Civil Veterinary Department. Central Provinces & Berar 1932-41 - 1932-1941
Year: 1932
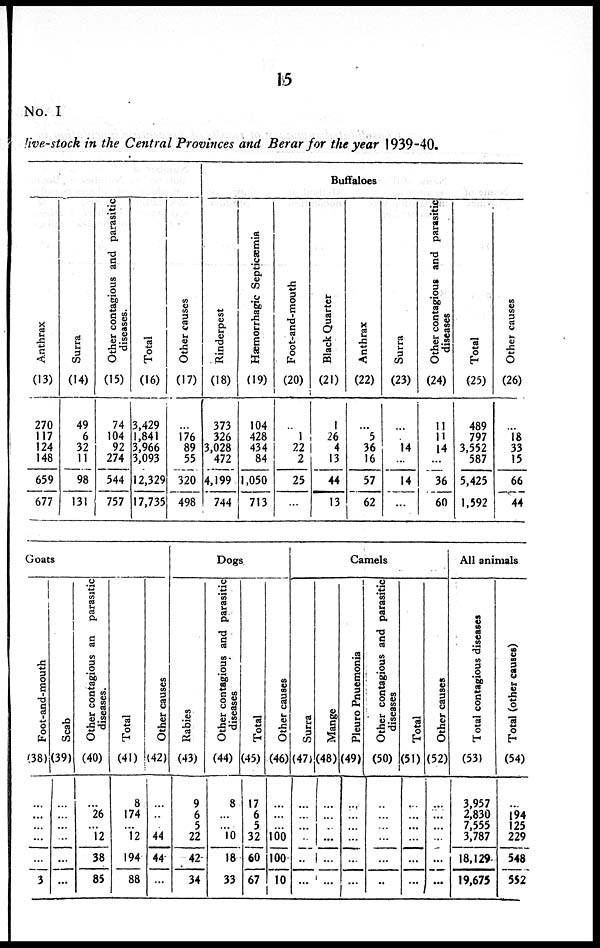
15
No. I
live-stock in the Central Provinces and Berar for the year 1939-40.
Anthrax
(13)
270
117
124
148
659
677
Surra
(14)
49
6
32
11
98
131
Other contagious and parasitic
diseases.
(15)
74
104
92
274
544
757
Total
(16)
3,429
1,841
3,966
3,093
12,329
17,735
Other causes
(17)
...
176
89
55
320
498
Buffaloes
Rinderpest
(18)
373
326
3,028
472
4,199
744
Hæmorrhagic Septicæmia
(19)
104
428
434
84
1,050
713
Foot-and-mouth
(20)
...
1
22
2
25
...
Black Quarter
(21)
1
26
4
13
44
13
Anthrax
(22)
...
5
36
16
57
62
surra
(23)
...
...
14
...
14
...
Other contagious and parasitic
diseases
(24)
11
11
14
...
36
60
Total
(25)
489
797
3,552
587
5,425
1,592
Other causes
(26)
...
18
33
15
66
44
Goats
Foot-and-mouth
(38)
...
...
...
...
...
3
Scab
(39)
...
...
...
...
...
...
Other contagious an parasitic
diseases.
(40)
...
26
...
12
38
85
Total
(41)
8
174
...
12
194
88
Other causes
(42)
...
...
...
44
44
...
Dogs
Rabies
(43)
9
6
5
22
42
34
Other contagious and parasitic
diseases
(44)
8
...
...
10
18
33
Total
(45)
17
6
5
32
60
67
Other causes
(46)
...
...
...
100
100
10
Camels
Surra
(47)
...
...
...
...
..
...
Mange
(48)
...
...
...
...
...
...
Pleuro Pnuemonia
(49)
...
...
...
...
...
...
Other contagious and parasitic
diseases
(50)
...
...
...
...
...
..
Total
(51)
...
..
..
...
...
...
Other causes
(52)
...
...
..
...
...
..
All animals
Total contagious diseases
(53)
3,957
2,830
7,555
3,787
18,129
19,675
Total (other causes)
(54)
...
194
125
229
548
552